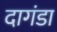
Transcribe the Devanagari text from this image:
दागंडा